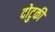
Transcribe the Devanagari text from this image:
दोटुकी